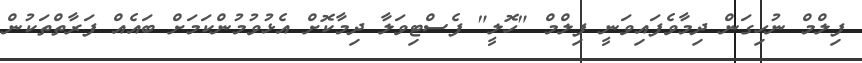
ފިލްމް ނުހިގަން ދިމާވެފައިވަނީ ފިލްމް "ހޮލީ" ފެސްޓިވަލާ ދިމާކޮށް އެޅުވުމުންކަމަށް ބައެއް ފަރާތްތަކުން